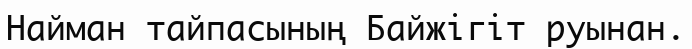
Найман тайпасының Байжігіт руынан.